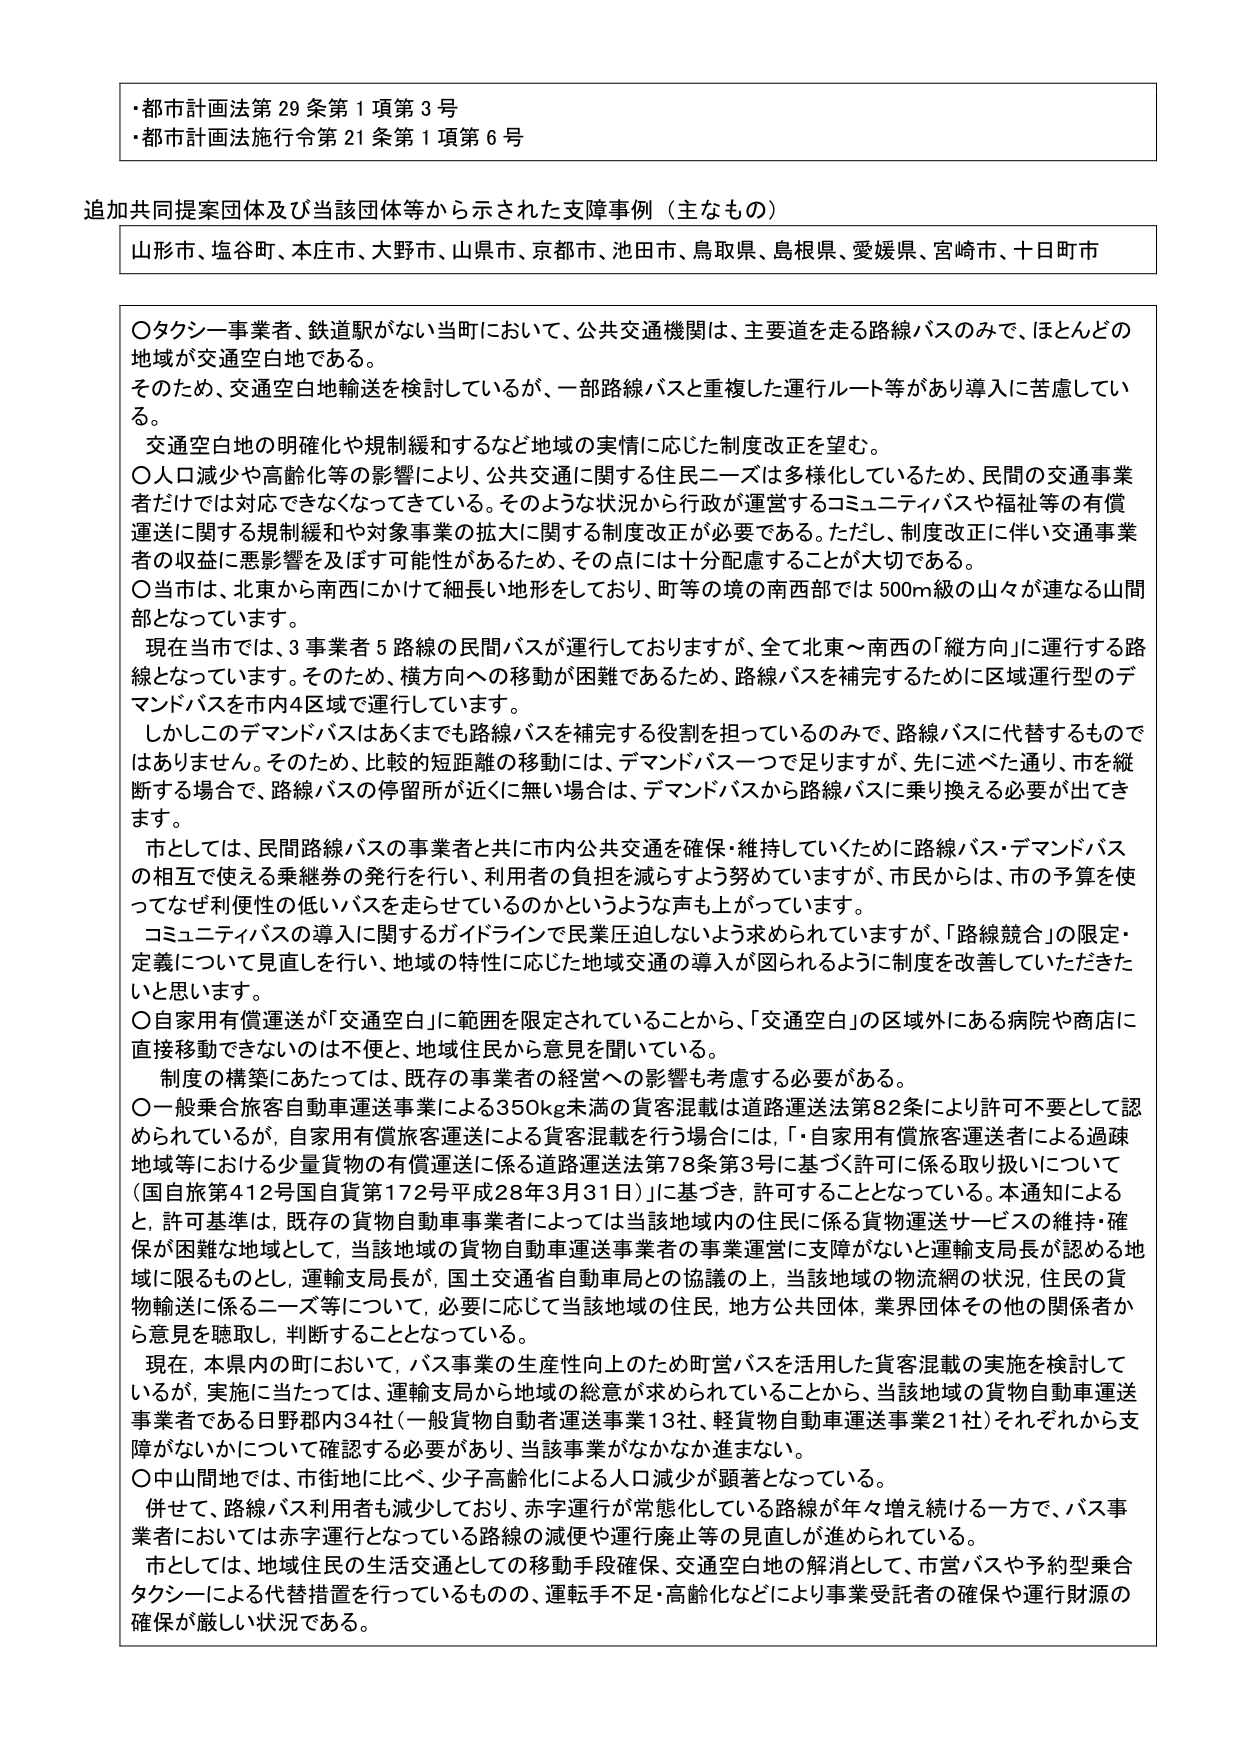
・都市計画法第29条第1項第3号
・都市計画法施行令第21条第1項第6号

追加共同提案団体及び当該団体等から示された支障事例（主なもの）
山形市、塩谷町、木庄市、大野市、山県市、京都市、池田市、鳥取県、島根県、愛媛県、宮崎市、十日町市

〇タクシー事業者、鉄道駅がない当町において、公共交通機関は、主要道を走る路線バスのみで、ほとんどの地域が交通空白地である。
そのため、交通空白地輸送を検討しているが、一部路線バスと重複した運行ルート等があり導入に苦慮している。
交通空白地の明確化や規制緩和するなど地域の実情に応じた制度改正を望む。
〇人口減少や高齢化等の影響により、公共交通に関する住民ニーズは多様化しているため、民間の交通事業者だけでは対応できなくなってきたている。そのような状況から行政が運営するコミュニティバスや福祉等の有償運送に関する規制緩和や対象事業の拡大に関する制度改正が必要である。ただし、制度改正に伴い交通事業者の収益に悪影響を及ぼす可能性があるため、その点には十分配慮することが大切である。
〇当市は、北東から南西にかけて細長い地形をしており、町等の境の南西部では500m級の山々が連なる山間部となっています。
現在当市では、3事業者5路線の民間バスが運行しておりますが、全て北東～南西の「縦方向」に運行する路線となっています。そのため、横方向への移動が困難であるため、路線バスを補完するために区域運行型のデマンドバスを市内4区域で運行しています。
しかしこのデマンドバスはあくまでも路線バスを補完する役割を担っているのみで、路線バスに代替するものではありません。そのため、比較的短距離の移動には、デマンドバス一つで足りますが、先に述べた通り、市を縦断する場合で、路線バスの停留所が近くに無い場合は、デマンドバスから路線バスに乗り換える必要が出てきます。
市としては、民間路線バスの事業者と共に市内公共交通を確保・維持していくために路線バス・デマンドバスの相互で使える乗継券の発行を行い、利用者の負担を減らすよう努めていますが、市民からは、市の予算を使ってなぜ利便性の低いバスを走らせているのかというような声も上がっています。
コミュニティバスの導入に関するガイドラインで民業圧迫しないよう求められていますが、「路線競合」の限定・定義について見直しを行い、地域の特性に応じた地域交通の導入が図られるように制度を改善していただきたいと思います。
〇自家用有償運送が「交通空白」に範囲を限定されていることから、「交通空白」の区域外にある病院や商店に直接移動できないのは不便と、地域住民から意見を聞いている。
制度の構築にあたっては、既存の事業者の経営への影響も考慮する必要がある。
〇一般乗合旅客自動車運送事業による350kg未満の貨客混載は道路運送法第82条により許可不要として認められているが、自家用有償旅客運送による貨客混載を行う場合には、「・自家用有償旅客運送者による過疎地域等における少量貨物の有償運送に係る道路運送法第78条第3号に基づく許可に係る取り扱いについて（国自旅第412号国自旅第172号平成28年3月31日）」に基づき、許可することとなっている。本通知によると、許可基準は、既存の貨物自動車事業者によっては当該地域内の住民に係る貨物運送サービスの維持・確保が困難な地域として、当該地域の貨物自動車運送事業者の事業運営に支障がないと運輸支局長が認める地域に限るものとし、運輸支局長が、国土交通省自動車局との協議の上、当該地域の物流網の状況、住民の貨物輸送に係るニーズ等について、必要に応じて当該地域の住民、地方公共団体、業界団体その他の関係者から意見を聴取し、判断することとなっている。
現在、本県内の町において、バス事業の生産性向上のため町営バスを活用した貨客混載の実施を検討しているが、実施に当たっては、運輸支局から地域の総意が求められていることから、当該地域の貨物自動車運送事業者である日野郡内34社（一般貨物自動車運送事業13社、軽貨物自動車運送事業21社）それぞれから支障がないかについて確認する必要があり、当該事業がなかなか進まない。
〇中山間地では、市街地に比べ、少子高齢化による人口減少が顕著となっている。
併せて、路線バス利用者も減少しており、赤字運行が常態化している路線が年々増え続ける一方で、バス事業者においては赤字運行となっている路線の減便や運行廃止等の見直しが進められている。
市としては、地域住民の生活交通としての移動手段確保、交通空白地の解消として、市営バスや予約型乗合タクシーによる代替措置を行っているものの、運転手不足・高齢化などにより事業受託者の確保や運行財源の確保が厳しい状況である。